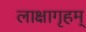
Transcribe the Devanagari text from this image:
लाक्षागृहम्